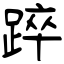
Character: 踤